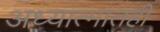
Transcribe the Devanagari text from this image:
अध्यात्मातही